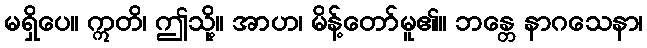
မရှိပေ။ ဣတိ၊ ဤသို့။ အာဟ၊ မိန့်တော်မူ၏။ ဘန္တေ နာဂသေနာ၊